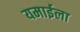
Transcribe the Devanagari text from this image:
यमाईला